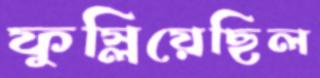
ফুস্‌লিয়েছিল